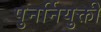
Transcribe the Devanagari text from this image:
पुनर्नियुक्ती